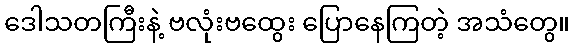
ဒေါသတကြီးနဲ့ ဗလုံးဗထွေး ပြောနေကြတဲ့ အသံတွေ။